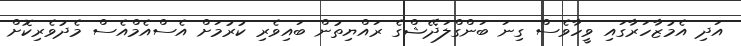
އަދި އެމުޒާހަރާގައި ވީހާވެސް ގިނަ ބަންގްލަދޭޝްގެ ރައްޔިތުން ބައިވެރި ކުރުމަށް އެސްއެމްއެސް މެދުވެރިކޮށް